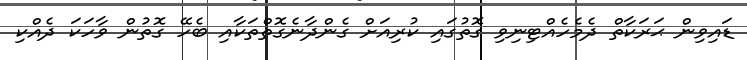
ޑައިވިން ޙަރަކާތް ދެމެހެއްޓިނިވި ގޮތުގައި ކުރިއަށް ގެންދާނެގޮތްތަކާއި ބެހޭ ގޮތުން ވާހަކަ ދެއްކި